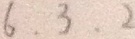
6 , 3 , 2